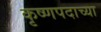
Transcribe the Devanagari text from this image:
कृष्णपदाच्या